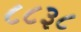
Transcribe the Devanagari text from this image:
८८३८